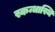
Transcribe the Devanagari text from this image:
स्कन्धास्थि